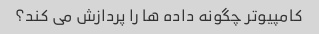
کامپیوتر چگونه داده ها را پردازش می کند؟